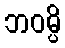
ဘဝမ္ပိ